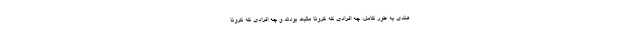
هندی به طور کامل، چه افرادی که کرونا مثبت بودند و چه افرادی که کرونا